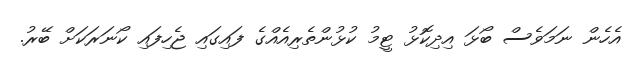
އެހެން ނަމަވެސް ބޯޅަ އިދިކޮޅު ޓީމު ކުޅުންތެރިއެއްގެ ފައިގައި ޖެހިފައި ކޯނަރަކަށް ބޭރު.